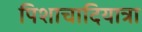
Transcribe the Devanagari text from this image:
पिशाचादियात्रा